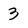
Character: 3